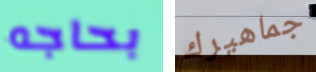
بحاجه جماهيرك